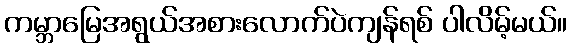
ကမ္ဘာမြေအရွယ်အစားလောက်ပဲကျန်ရစ် ပါလိမ့်မယ်။